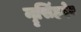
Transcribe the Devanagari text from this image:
नॄसिंहदेव